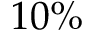
1 0 \%